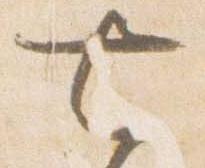
七